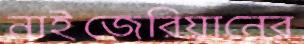
নাইজেরিয়ানের